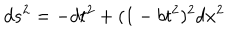
d s ^ { 2 } = - d t ^ { 2 } + ( 1 - b t ^ { 2 } ) ^ { 2 } d x ^ { 2 }